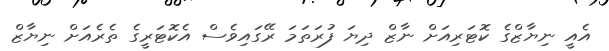
އެއީ ނިޔާޒްގެ ކޮޓަރިއަށް ނާޒް ދިޔަ ފުރަތަމަ ރޭގައިވެސް އެކޮޓަރީގެ ތެރެއަށް ނިޔާޒް